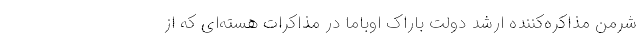
شرمن مذاکره‌کننده ارشد دولت باراک اوباما در مذاکرات هسته‌ای که از